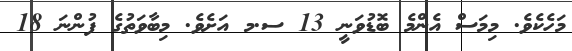
މަހެކެވެ. މިމަސް އެންމެ ބޮޑުވަނީ 13 ސ.މ އަށެވެ. މިބާވަތުގެ ފުންނަ 18